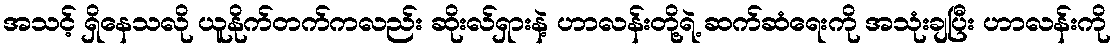
အသင့် ရှိနေသလို ယူနိုက်တက်ကလည်း ဆိုးလ်ရှားနဲ့ ဟာလန်းတို့ရဲ့ ဆက်ဆံရေးကို အသုံးချပြီး ဟာလန်းကို